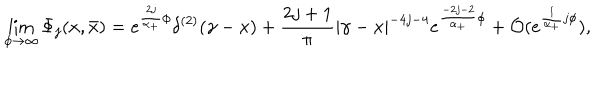
LaTeX: \lim _ { \phi \rightarrow \infty } \Phi _ { j } ( x , \bar { x } ) = e ^ { \frac { 2 j } { \alpha _ { + } } \phi } \delta ^ { ( 2 ) } ( \gamma - x ) + \frac { 2 j + 1 } { \pi } \left| \gamma - x \right| ^ { - 4 j - 4 } e ^ { \frac { - 2 j - 2 } { \alpha _ { + } } \phi } + { \cal O } ( e ^ { \frac 1 { \alpha _ { + } } j \phi } ) ,